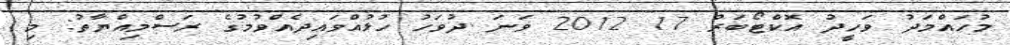
މުހައްމަދު ވަހީދު އޮކްޓޯބަރު 17 2012 ވަނަ ދުވަހު ހުޅުއްވައިދެއްވުމުގެ ރަސްމިއްޔާތު: މި